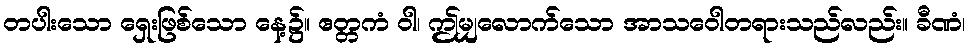
တပါးသော ရှေးဖြစ်သော နေ့၌။ ဧတ္တကံ ဝါ၊ ဤမျှလောက်သော အာသဝေါတရားသည်လည်း။ ခီဏံ၊